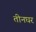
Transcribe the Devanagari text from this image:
तीनघर